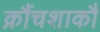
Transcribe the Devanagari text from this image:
क्रौंचशाकौ